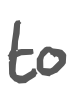
Text: to
Cross-out: clean
Writing tool: digital_gray